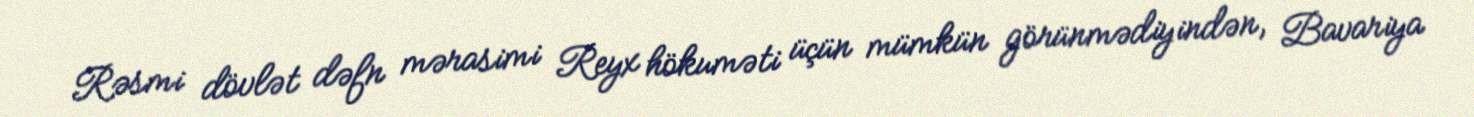
Rəsmi dövlət dəfn mərasimi Reyx hökuməti üçün mümkün görünmədiyindən, Bavariya